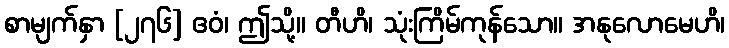
စာမျက်နှာ [၂၇၆] ဧဝံ၊ ဤသို့။ တီဟိ၊ သုံးကြိမ်ကုန်သော။ အနုလောမေဟိ၊